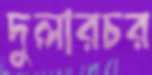
দুলারচর